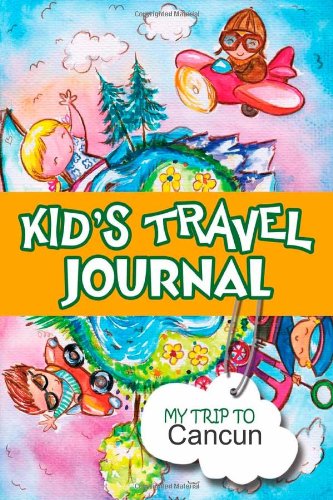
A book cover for Kids travel journal: my trip to cancun; Bluebird Books; Travel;